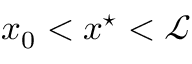
x _ { 0 } < x ^ { \star } < \mathcal { L }